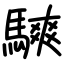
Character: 騻